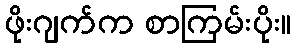
ဖိုးဂျက်က စာကြမ်းပိုး။